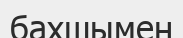
бахшымен